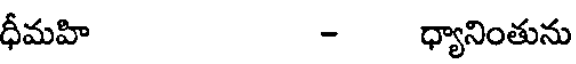
ధీమహి - ధ్యానింతును